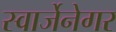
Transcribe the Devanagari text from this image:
स्वार्जेनेगर